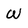
Character: W